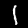
Label: 1